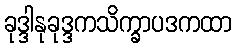
ခုဒ္ဒါနုခုဒ္ဒကသိက္ခာပဒကထာ